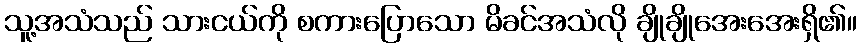
သူ့အသံသည် သားငယ်ကို စကားပြောသော မိခင်အသံလို ချိုချိုအေးအေးရှိ၏။